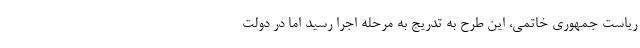
ریاست جمهوری خاتمی، این طرح به تدریج به مرحله اجرا رسید اما در دولت